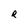
Character: R